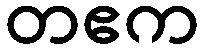
တဧက